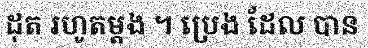
ដុត រហូតម្តង ។ ប្រេង ដែល បាន